画像に写った文字を読んでください
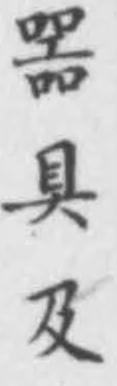
「噐具及」と書いてあります